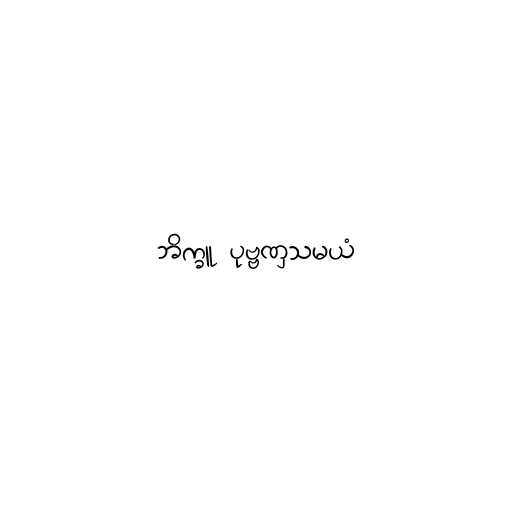
ဘိက္ခူ ပုဗ္ဗဏှသမယံ